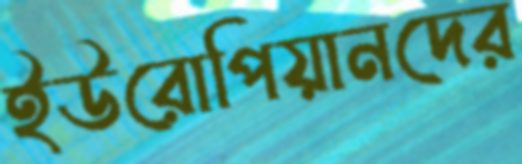
ইউরোপিয়ানদের